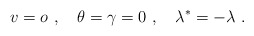
\begin{align*}v=o\ ,\quad \theta = \gamma = 0\ ,\quad \lambda^* =-\lambda \ .\end{align*}